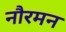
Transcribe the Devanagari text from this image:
नौरमन